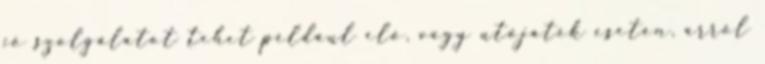
jó szolgálatot tehet például elő, vagy utójáték esetén, arról